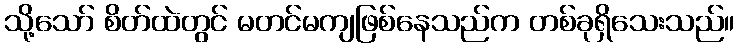
သို့သော် စိတ်ထဲတွင် မတင်မကျဖြစ်နေသည်က တစ်ခုရှိသေးသည်။